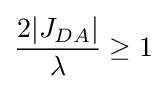
{\frac {2|J_{DA}|}{\lambda }}\geq 1